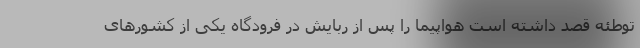
توطئه قصد داشته است هواپیما را پس از ربایش در فرودگاه یکی از کشورهای